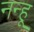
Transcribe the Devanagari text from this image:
नन्हू